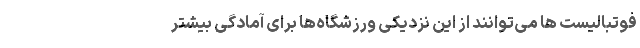
فوتبالیست ‌ها می‌توانند از این نزدیکی ورزشگاه‌ها برای آمادگی بیشتر